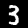
Digit: 3